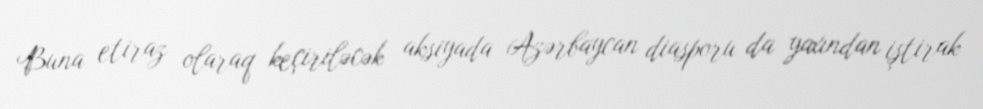
Buna etiraz olaraq keçiriləcək aksiyada Azərbaycan diasporu da yaxından iştirak